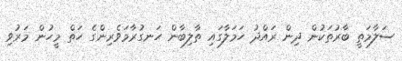
ސަލާމަތީ ބާރުތަކުން ދިން ރައްދު ހަމަލާގައި ތާލިބާން ހަނގުރާމަވެރިންގެ ހަތް މީހުން މަރުވި